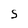
Character: 5